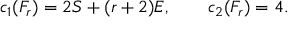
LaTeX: c _ { 1 } ( F _ { r } ) = 2 S + ( r + 2 ) E , \qquad c _ { 2 } ( F _ { r } ) = 4 .